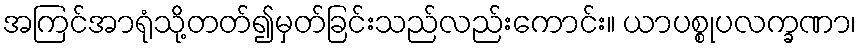
အကြင်အာရုံသို့တတ်၍မှတ်ခြင်းသည်လည်းကောင်း။ ယာပစ္စုပလက္ခဏာ၊